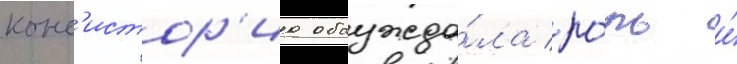
конс'истор'иа обсужда́ла ро́ль и́